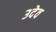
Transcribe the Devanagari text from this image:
३देव